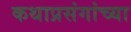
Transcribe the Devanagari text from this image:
कथाप्रसंगांच्या